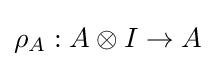
\rho _{A}:A\otimes I\rightarrow A